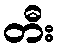
တီး